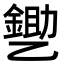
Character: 㐥